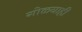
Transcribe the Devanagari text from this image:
गोळ्याही